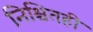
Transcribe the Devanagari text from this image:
निश्चितही